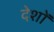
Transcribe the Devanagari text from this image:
देशों